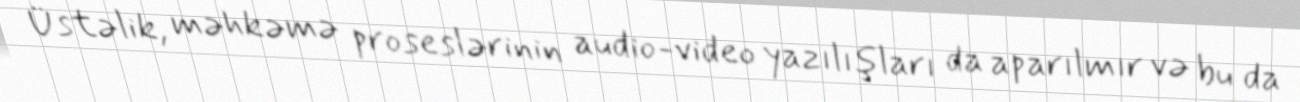
Üstəlik, məhkəmə proseslərinin audio-video yazılışları da aparılmır və bu da